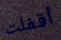
أقفلت